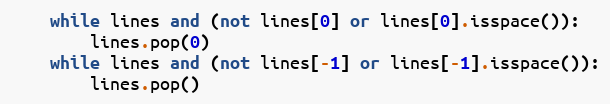
Language: Python
    while lines and (not lines[0] or lines[0].isspace()):
        lines.pop(0)
    while lines and (not lines[-1] or lines[-1].isspace()):
        lines.pop()